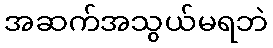
အဆက်အသွယ်မရဘဲ